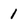
Character: 1